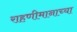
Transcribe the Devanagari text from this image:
राहणीमानाच्या